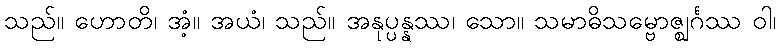
သည်။ ဟောတိ၊ အံ့။ အယံ၊ သည်။ အနုပ္ပန္နဿ၊ သော။ သမာဓိသမ္ဗောဇ္ဈင်္ဂဿ ဝါ၊